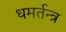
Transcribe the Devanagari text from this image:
धमर्तन्त्र